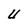
Character: U